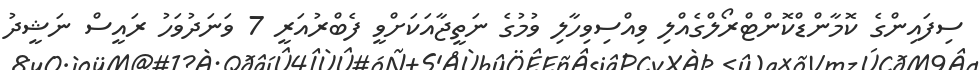
ސިފައިންގެ ކޮމާންޑްކޮންޓްރޯލްގެއްލި ވިއްސިވިހާލި ވުމުގެ ނަތީޖާއަކަށްވީ ފެބްރުއަރީ 7 ވަނަދުވަހު ރައީސް ނަޝީދު